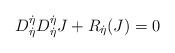
LaTeX: \begin{align*}D_{\dot{\eta}}^{\dot{\eta}} D_{\dot{\eta}}^{\dot{\eta}} J +R_{\dot{\eta}}(J)=0\end{align*}